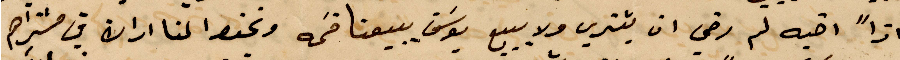
واذًا أخيه لم رضي ان يشتري ولا يبيع يوسف يبيعنا قسمه ونحفظ لنا اران في مشتراهم